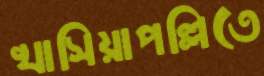
খাসিয়াপল্লিতে